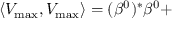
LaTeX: \left\langle V _ { \operatorname * { m a x } } , V _ { \operatorname * { m a x } } \right\rangle = ( \beta ^ { 0 } ) ^ { * } \beta ^ { 0 } +